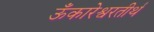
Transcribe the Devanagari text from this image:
ऊँकारेश्वरतीर्थ